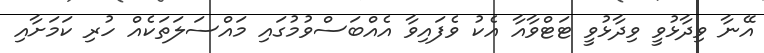
އޭނާ ވިދާޅުވީ ވިދާޅުވީ ޓަޓްވާއާ އެކު ވެފައިވާ އެއްބަސްވުމުގައި މައްސަލަތަކެއް ހުރި ކަމަށާއި